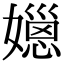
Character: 𡢆